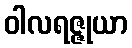
ဝါလရဇ္ဇုယာ